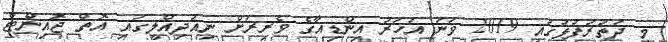
މި ދަތުރުފުޅުގައި 2019 ވަނަ އަހަރު އިންޑިއާގެ ވެރިރަށް ނިއުދިއްލީގައި އޮތް ޖޮއިންޓް